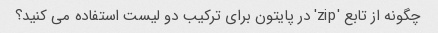
چگونه از تابع 'zip' در پایتون برای ترکیب دو لیست استفاده می کنید؟